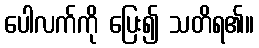
ပေါလက်ကို ပြေး၍ သတိရ၏။